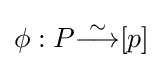
\phi :P{\stackrel {\sim }{\longrightarrow }}[p]